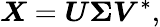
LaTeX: \boldsymbol{X}=\boldsymbol{U\Sigma V}^{*},